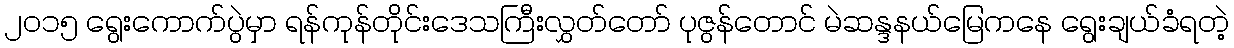
၂၀၁၅ ရွေးကောက်ပွဲမှာ ရန်ကုန်တိုင်းဒေသကြီးလွှတ်တော် ပုဇွန်တောင် မဲဆန္ဒနယ်မြေကနေ ရွေးချယ်ခံရတဲ့